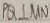
P Q \bot M N